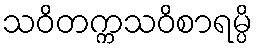
သဝိတက္ကသဝိစာရမ္ပိ